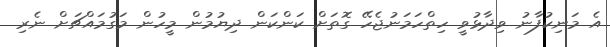
އެ މަނިކުފާނު ވިދާޅުވީ ހިތްހަމަނުޖެހޭ ގޮތަށް ކަންކަން ދިޔުމުން މީހުން މަގުމައްޗަށް ނެރި